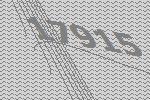
17915